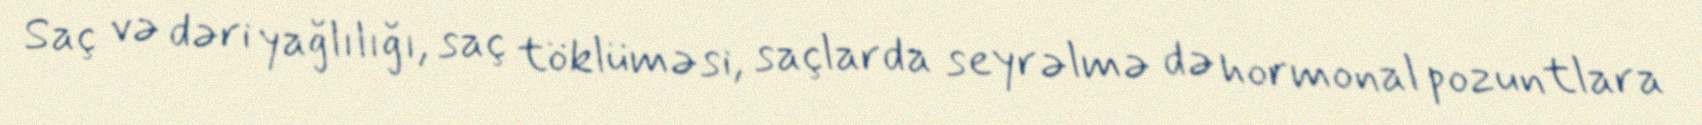
Saç və dəri yağlılığı, saç töklüməsi, saçlarda seyrəlmə də hormonal pozuntlara